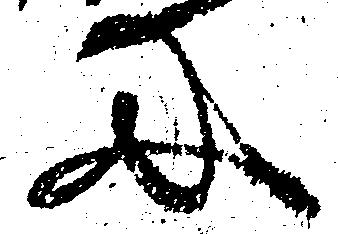
に